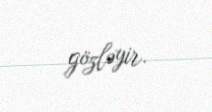
gözləyir.